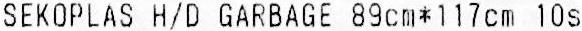
SEKOPLAS H/D GARBAGE 89CM*117CM 10S